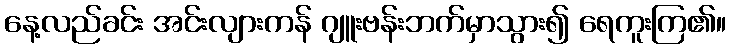
နေ့လည်ခင်း အင်းလျားကန် ဂျူးဗန်းဘက်မှာသွား၍ ရေကူးကြ၏။